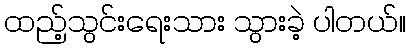
ထည့်သွင်းရေးသား သွားခဲ့ ပါတယ်။